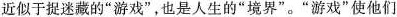
近似于捉迷藏的”游戏”，也是人生的”境界”。”游戏”使他们